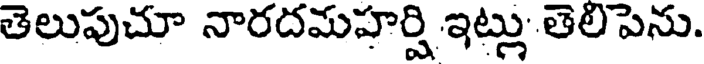
తెలుపుచూ నారదమహర్షి ఇట్లు తెలిపెను.